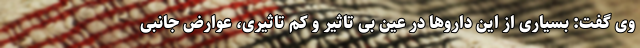
وی گفت: بسیاری از این دارو‌ها در عین بی تاثیر و کم تاثیری، عوارض جانبی